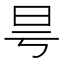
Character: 𣅘